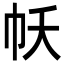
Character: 𢁱